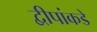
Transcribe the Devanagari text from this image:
द्वीपांकडे